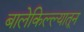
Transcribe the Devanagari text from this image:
बालेकिल्ल्यातून